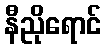
နီညိုရောင်